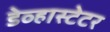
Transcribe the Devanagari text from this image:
डेव्हास्टेटर